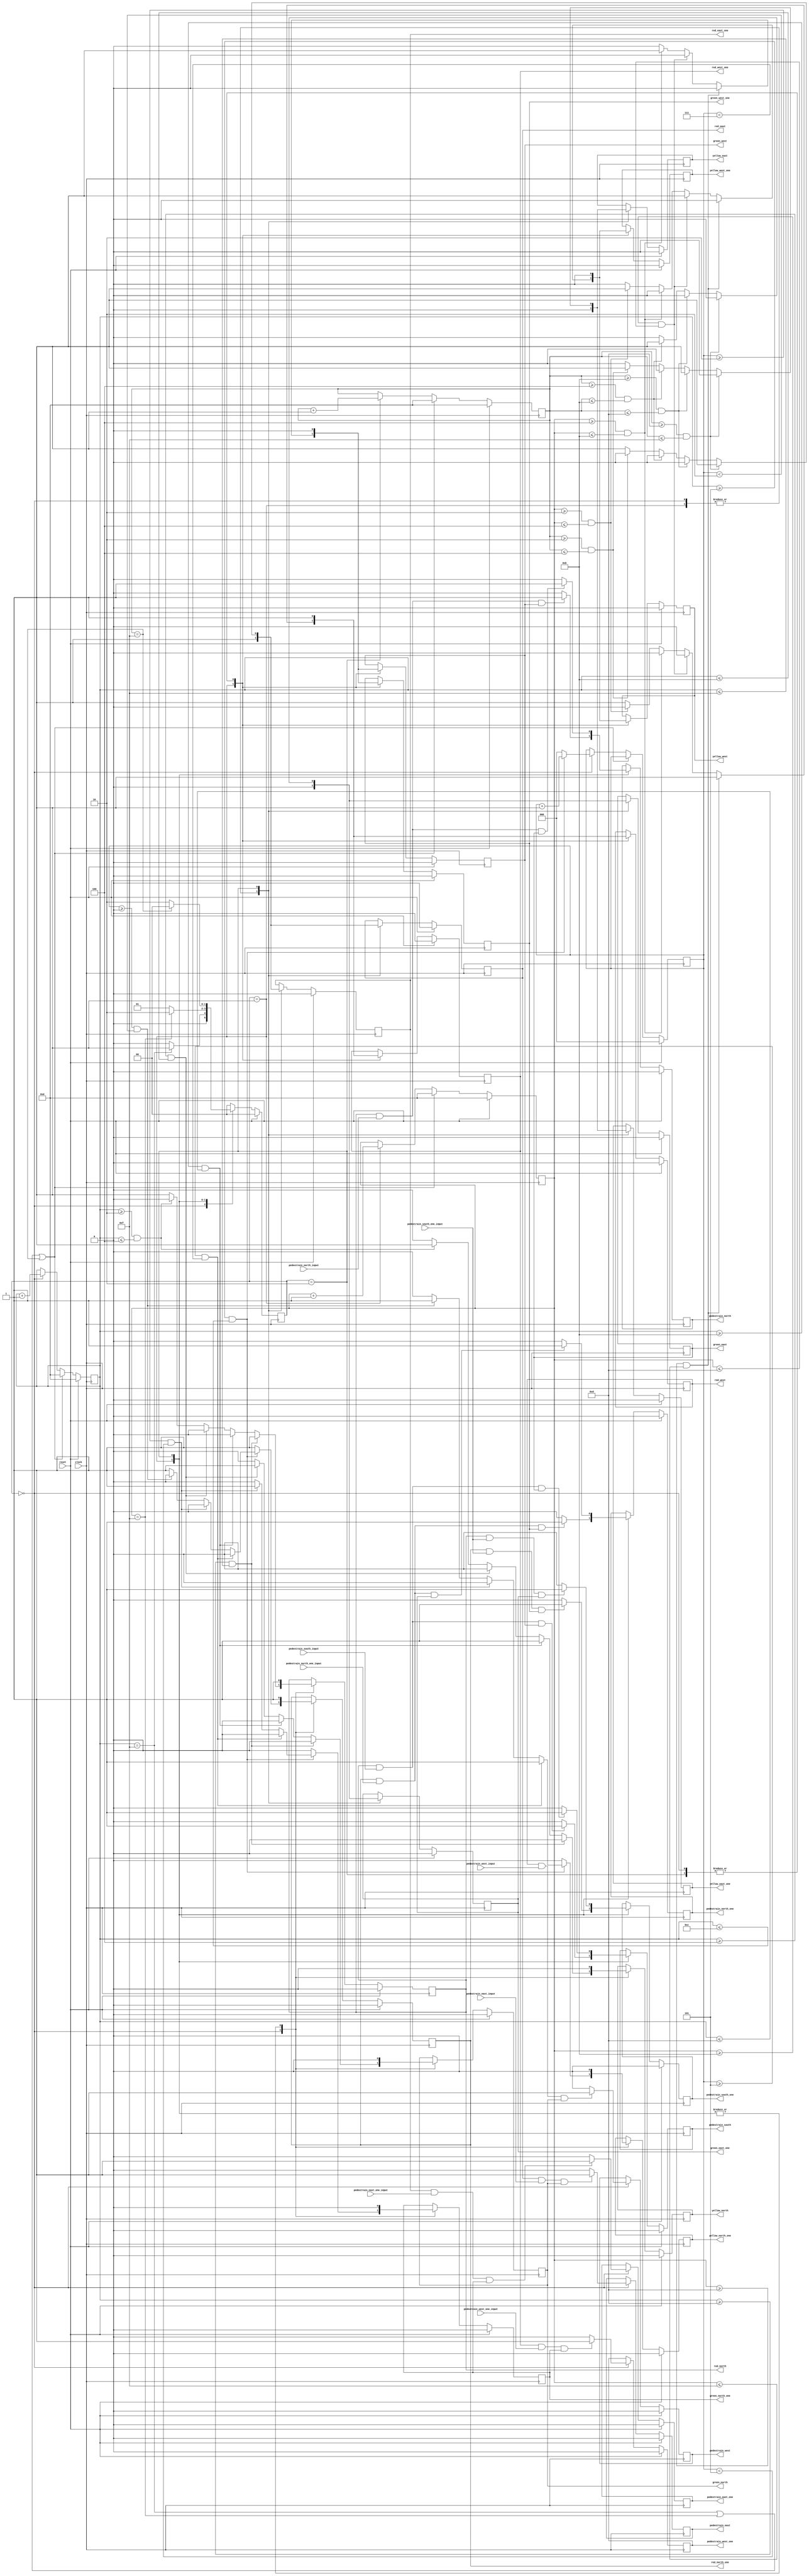
`timescale 1s/1ms

module traffic_contoller(input clock,reset,pedestrain_north_input, pedestrain_south_input,pedestrain_east_input,pedestrain_west_input, 
				  	   pedestrain_north_one_input, pedestrain_south_one_input,pedestrain_east_one_input,pedestrain_west_one_input,
			 output reg red_north,yellow_north,green_north,
			           /* red_south,yellow_south,green_south,*/
				    red_east,yellow_east,green_east,
				    red_west,yellow_west,green_west,
			            
				    red_north_one,yellow_north_one,green_north_one,
	    			    red_east_one,yellow_east_one,green_east_one,
				    red_west_one,yellow_west_one,green_west_one,		
			 output reg pedestrain_north,pedestrain_south,pedestrain_east,pedestrain_west,
		 		    pedestrain_north_one,pedestrain_south_one,pedestrain_east_one,pedestrain_west_one);

parameter state_north=2'b00,
	  state_east=2'b10,
	  state_west=2'b01;

reg [1:0] ns,ps; //next_state and present_state
reg [3:0] count_north,count_east,count_west;
reg [2:0] count_north_one;/*count_east_one,count_west_one*/
reg temp;


/////////////////////////////////////////////////////////////////counter_logic///////////////////////////////////////////
always@(posedge clock)
begin
	if(reset)
		begin
		count_north<=0;count_east<=0;count_west<=0;
		count_north_one<=0;
		end
	
	else if (count_north==15||count_west==15||count_east==15)
		begin
		count_north<=0;count_east<=0;count_west<=0;
		end
/*	else if(count_north_one==7)
		begin
		count_north_one<=0;count_east_one<=0;count_west_one<=0;
		end*/
	else
		begin
		case (ps)
		state_north:	begin
					count_north<=count_north+1'b1;
					if(count_north>=5 && count_north<=12)
					                   count_north_one<=count_north_one+1'b1;
					else		   
							   count_north_one<=0;
								
					
				end
		state_west:	begin
					count_west<=count_west+1'b1;
				/*	if(count_west>=5) count_west_one<=count_west_one+1'b1;
					else		  count_west_one<=0;*/

				end
		state_east:	begin
					count_east<=count_east+1'b1;
				/*	if(count_east>=5) count_east_one<=count_east_one+1'b1;
					else		  count_east_one<=0;*/

				end
		endcase
		end
end


/////////////////////////////////////////////////////////present_state/////////////////////////////////////////
always@(posedge clock) 
begin
	if(reset)
		ps<=state_north;	
	else
	begin
		ps<=ns;
	end
end



//////////////////////////////////////////////////////////////next_state///////////////////////////////////////
always@(*)   
begin
	case(ps)
	state_north:if(count_north==15) ns=state_west;
		    else ns=state_north;
	state_west: if(count_west==15) ns=state_east;
		    else ns=state_west;
	state_east: if(count_east==15) ns=state_north;
		    else ns=state_east;
	default: ns=state_north;
	endcase
end



/////////////////////////////////////////////////////////////////output_logic///////////////////////////////////////
always@(posedge clock)
begin
	if(reset)
		begin
				red_north<=0;yellow_north<=0;green_north<=0;
				red_east<=0;yellow_east<=0;green_east<=0;
				red_west<=0;yellow_west<=0;green_west<=0;
				
				red_north_one<=0;yellow_north_one<=0;green_north_one<=0;
				red_east_one<=0;yellow_east_one<=0;green_east_one<=0;
				red_west_one<=0;yellow_west_one<=0;green_west_one<=0;

				pedestrain_north<=0;pedestrain_south<=0;pedestrain_east<=0;pedestrain_west<=0;
				pedestrain_north_one<=0;pedestrain_south_one<=0;pedestrain_east_one<=0;pedestrain_west_one<=0;
		end
	else
	begin	
	case(ps)
		state_north:
		begin
		    red_north<=1;red_east<=1;red_west<=1;
		    yellow_north<=0;yellow_east<=0;yellow_west<=0;
		    green_north<=0;green_east<=0;green_west<=0;

		    red_north_one<=1;yellow_north_one<=0;green_north_one<=0;
		    red_east_one<=1;yellow_east_one<=0;green_east_one<=0;
		    red_west_one<=1;yellow_west_one<=0;green_west_one<=0;

		  		 if(count_north>=0&&count_north<=2) 
				 	begin 
			   		red_north<=1;yellow_north<=0;green_north<=0;
					red_north_one<=1;yellow_north_one<=0;green_north_one<=0;
					end
				 else
					temp<=1'bz;
				 if(count_north>=2&&count_north<=4)
					begin
					red_north<=0;yellow_north<=1;green_north<=0;
					end
				 else
					temp<=1'bz;
				if(count_north>=4 && count_north<=11)
					begin
					green_north<=1;yellow_north<=0;red_north<=0;
					end
					else
						temp<=1'bz;
				if(count_north>=11 && count_north<=13)
					begin
					green_north<=0;yellow_north<=1;red_north<=0;
					end
				else
					temp<=1'bz;
				if(count_north>=13 && count_north<=15)
					begin
					yellow_north<=0;red_north<=1;green_north<=0;
					red_north_one<=1;
					end
				else
					temp<=1'bz;
				
				if(red_west && pedestrain_west_input && green_north ) //pedestrain crossing 
					begin
					pedestrain_west<=1;
				        end
				else
					pedestrain_west<=0;
				
				if(red_east && pedestrain_east_input && green_north )
					begin
					pedestrain_east<=1;
					end
				else
					pedestrain_east<=0;


				if(red_west_one && pedestrain_west_one_input && green_north_one ) //pedestrain crossing 
					begin
					pedestrain_west_one<=1;
				        end
				else
					pedestrain_west_one<=0;
				
				if(red_east_one && pedestrain_east_one_input && green_north_one )
					begin
					pedestrain_east_one<=1;
					end
				else
					pedestrain_east_one<=0;


				if(count_north>=5 && count_north<=12)
				begin
					if(count_north_one>=0 && count_north_one<2)
						begin
						red_north_one<=0;yellow_north_one<=1;green_north_one<=0;
						end
					else
					        temp<=1'bz;					
					
					if(count_north_one>=2 && count_north_one<5)
						begin
						red_north_one<=0;yellow_north_one<=0;green_north_one<=1;
						end
					else
						temp<=1'bz;
					
					if(count_north_one>=5 && count_north_one<7)
						begin
						red_north_one<=0;yellow_north_one<=1;green_north_one<=0;
						end
					else
						temp<=1'bz;
				end
				else
					temp<=1'bz;
				


		end
		
		state_west:
		begin
		 red_north<=1;red_east<=1;red_west<=1;
		 yellow_north<=0;yellow_east<=0;yellow_west<=0;
		 green_north<=0;green_east<=0;green_west<=0;

		 red_north_one<=1;yellow_north_one<=0;green_north_one<=0;
		 red_east_one<=1;yellow_east_one<=0;green_east_one<=0;
		 red_west_one<=1;yellow_west_one<=0;green_west_one<=0;


		  		 if(count_west>=0&&count_west<=2) 
				 	begin 
			   		red_west<=1;yellow_west<=0;green_west<=0;
					red_west_one<=1;yellow_west_one<=0;green_west_one<=0;
			   		end
				 else
					temp<=1'bz;
				 if(count_west>=2&&count_west<=4)
					begin
					red_west<=0;yellow_west<=1;green_west<=0;
					red_west_one<=0;yellow_west_one<=1;green_west_one<=0;
					end
				 else
					temp<=1'bz;
				if(count_west>=4 && count_west<=11)
					begin
					green_west<=1;yellow_west<=0;red_west<=0;
					red_west_one<=0;yellow_west_one<=0;green_west_one<=1;
					end
					else
						temp<=1'bz;
				if(count_west>=11 && count_west<=13)
					begin
					green_west<=0;yellow_west<=1;red_west<=0;
					red_west_one<=0;yellow_west_one<=1;green_west_one<=0;
					end
				else
					temp<=1'bz;
				if(count_west>=13 && count_west<=15)
					begin
					yellow_west<=0;red_west<=1;green_west<=0;
					red_west_one<=1;yellow_west_one<=0;green_west_one<=0;
					end
				else
					temp<=1'bz;

				if(red_north && pedestrain_north_input && green_west)	//pedestrain crossing 
					pedestrain_north<=1;
				else
					pedestrain_north<=0;
				
				if(red_north && pedestrain_south_input && green_west)
					pedestrain_south<=1;
				else
					pedestrain_south<=0;

				if(red_north_one && pedestrain_north_one_input && green_west_one)	//pedestrain crossing 
					pedestrain_north_one<=1;
				else
					pedestrain_north_one<=0;
				
				if(red_north_one && pedestrain_south_one_input && green_west_one)
					pedestrain_south_one<=1;
				else
					pedestrain_south_one<=0;


		
         	end

	
		state_east:
		begin
		    red_north<=1;red_east<=1;red_west<=1;
		    yellow_north<=0;yellow_east<=0;yellow_west<=0;
		    green_north<=0;green_east<=0;green_west<=0;

		 red_north_one<=1;yellow_north_one<=0;green_north_one<=0;
		 red_east_one<=1;yellow_east_one<=0;green_east_one<=0;
		 red_west_one<=1;yellow_west_one<=0;green_west_one<=0;

		  		 if(count_east>=0&&count_east<=2) 
				 	begin 
			   		red_east<=1;yellow_east<=0;green_east<=0;
					red_east_one<=1;yellow_east_one<=0;green_east_one<=0;

			   		end
				 else
					temp<=1'bz;
				 if(count_east>=2&&count_east<=4)
					begin
					red_east<=0;yellow_east<=1;green_east<=0;
					red_east_one<=0;yellow_east_one<=1;green_east_one<=0;

					end
				 else
					temp<=1'bz;
				if(count_east>=4 && count_east<=11)
					begin
					green_east<=1;yellow_east<=0;red_east<=0;
				        red_east_one<=0;yellow_east_one<=0;green_east_one<=1;

					end
					else
						temp<=1'bz;
				if(count_east>=11 && count_east<=13)
					begin
					green_east<=0;yellow_east<=1;red_east<=0;
					 red_east_one<=0;yellow_east_one<=1;green_east_one<=0;
					end
				else
					temp<=1'bz;
				if(count_east>=13 && count_east<=15)
					begin
					yellow_east<=0;red_east<=1;green_east<=0;
				        red_east_one<=1;yellow_east_one<=0;green_east_one<=0;

					end
				else
					temp<=1'bz;
				if(red_north && pedestrain_north_input && green_east) //pedestrain crossing 
					pedestrain_north<=1;
				else
					pedestrain_north<=0;
				
				if(red_north && pedestrain_south_input && green_east)
					pedestrain_south<=1;
				else
					pedestrain_south<=0;

				if(red_north_one && pedestrain_north_one_input && green_east_one) //pedestrain crossing 
					pedestrain_north_one<=1;
				else
					pedestrain_north_one<=0;
				
				if(red_north && pedestrain_south_one_input && green_east_one)
					pedestrain_south_one<=1;
				else
					pedestrain_south_one<=0;


  
		end
	endcase
	end
end

endmodule